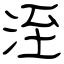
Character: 洷